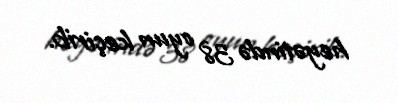
heyətində 38 oyun keçirib.